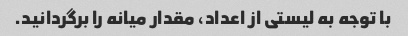
با توجه به لیستی از اعداد، مقدار میانه را برگردانید.